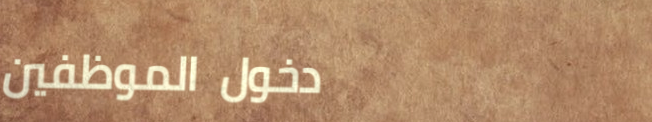
دخول الموظفين